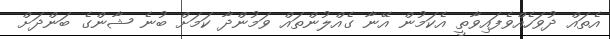
އެތައް ދުވަހެއްވެފައިވާތީ އެކަމުން އޭނާ ގެއްލުންތައް ވަމުންދާ ކަމަށް ބުނެ ޝާންގެ ބަންދަށް